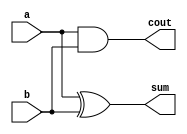
module ha_str(a,b,sum,cout
    );
	 input a,b;
	 output sum,cout;
	 xor n1(sum,a,b);
	 and n2(cout,a,b);
	 
endmodule
module ha_str_tb;

	// Inputs
	reg a;
	reg b;

	// Outputs
	wire sum;
	wire cout;

	// Instantiate the Design Under Test (DUT)
	ha_str dut (a,b,sum,cout
	);

	initial a=1'b0;
	initial b=1'b0;
	always #50 b=b+1'b1;
	always #100 a=a+1'b1;      
endmodule